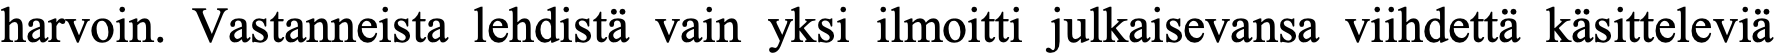
harvoin. Vastanneista lehdistä vain yksi ilmoitti julkaisevansa viihdettä käsitteleviä